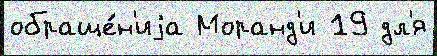
обраще́н'иjа Моранд'и 19 дл'я